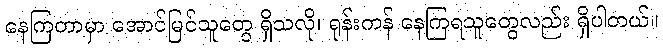
နေကြတာမှာ အောင်မြင်သူတွေ ရှိသလို၊ ရုန်းကန် နေကြရသူတွေလည်း ရှိပါတယ်။